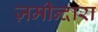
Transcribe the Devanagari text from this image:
ज़मीन्दारा